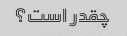
چقدر است؟